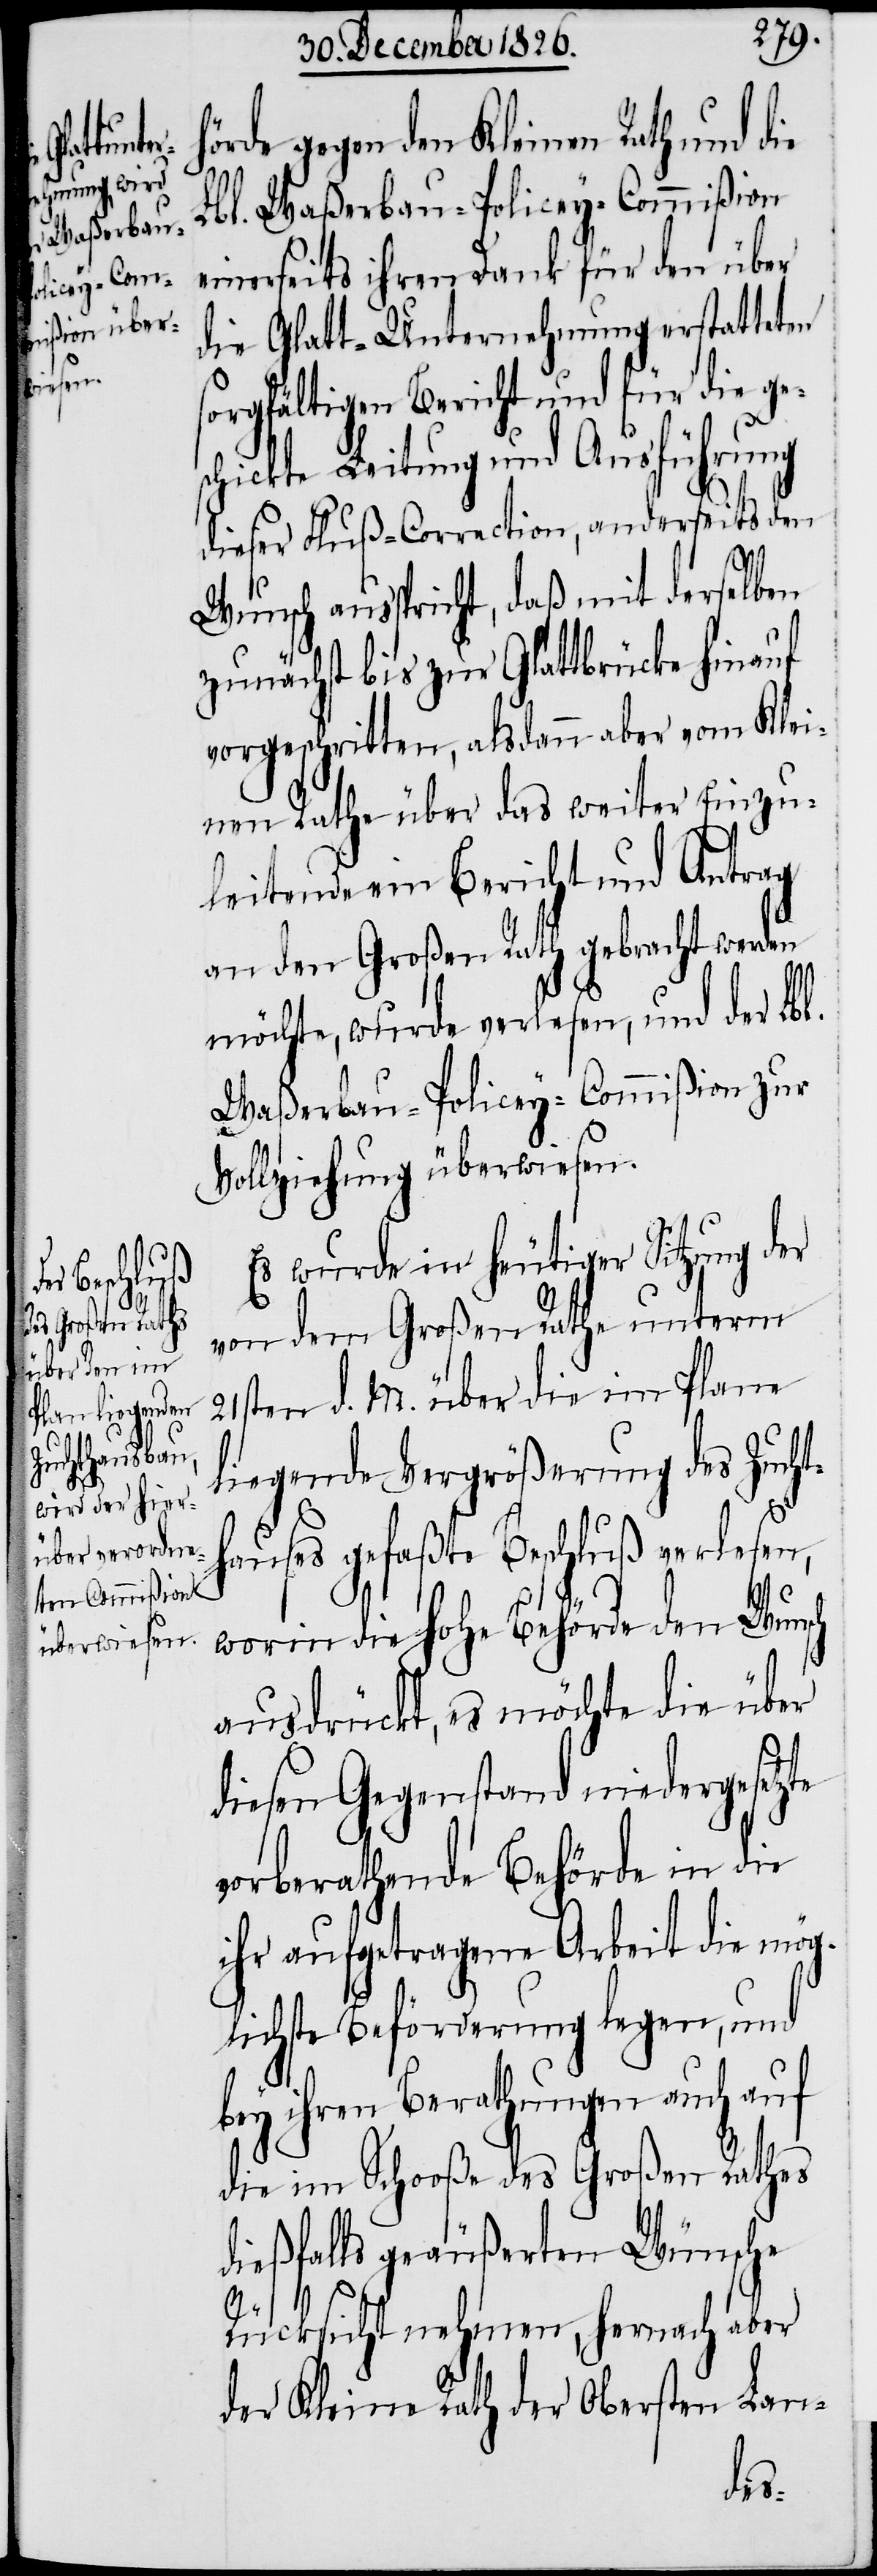
s¬

örde gegen den Kleinen Rath und die
Lbl. Waßerbau-Policey-Commißion
einerseits ihren Dank für den über
die Glatt-Unternehmung erstatteten
orgfältigen Bericht und für die g¬
chickte Leitung und Ausführung
dieser Fluß-Correction, anderseits den
Wunsch ausspricht, daß mit derselben
zunächst bis zur Glattbrücke hinauf
vorgeschritten, alsdann aber vom Klei¬
nen Rath über das weiter Einzu¬
leitende ein Bericht und Antrag
an den Großen Rath gebracht werden
möchte, wurde verlesen, und der Lbl.
Waßerbau-Policey-Commißion zur
Vollziehung überwiesen.
Es wurde in heutiger Sitzung der
von dem Großen Rathe unterm
21sten d. M. über die im Plane
liegende Vergrößerung des Zucht¬
hauses gefaßte Beschluß verlesen,
worin die hohe Behörde den Wunsch
ausdrückt, es möchte die über
diesen Gegenstand niedergesetzte
vorberathende Behörde in die
ihr aufgetragene Arbeit die mög¬
lichste Beförderung legen, und
bey ihren Berathungen auch auf
die im Schooße des Großen Rathes
dießfalls geäußerten Wünsche
Rücksicht nehmen, hernach aber
der Kleine Rath der Obersten Lan-
es¬